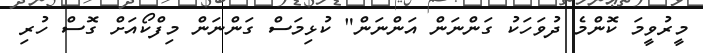
މީރުވީމަ ކޮންމެ ދުވަހަކު ގަންނަން އަންނަން" ކުޅިމަސް ގަންނަން މިފްކޯއަށް ގޮސް ހުރި